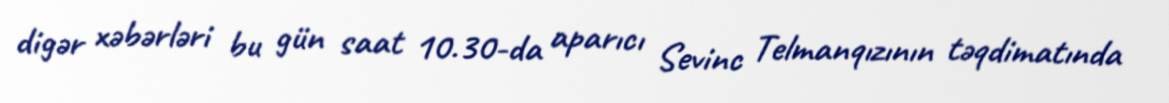
digər xəbərləri bu gün saat 10.30-da aparıcı Sevinc Telmanqızının təqdimatında